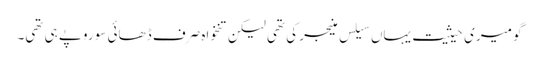
گو میری حیثیت یہاں سیلس منیجر کی تھی لیکن تنخواہ صرف ڈھائی سو روپے ہی تھی۔